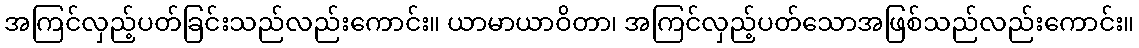
အကြင်လှည့်ပတ်ခြင်းသည်လည်းကောင်း။ ယာမာယာဝိတာ၊ အကြင်လှည့်ပတ်သောအဖြစ်သည်လည်းကောင်း။